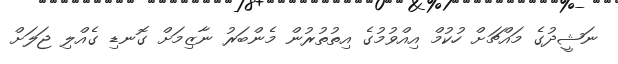
ނަޝީދުގެ މައްޗަށް ހުކުމް އިއްވުމުގެ އިތުތުރުން މެންބަރު ނާޒިމަށް ގޮނޑި ގެއްލި ޖަލަށް